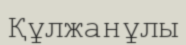
Құлжанұлы